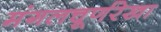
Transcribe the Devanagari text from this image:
मंगलचूर्णरेखा